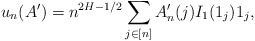
\begin{align*} u_n(A')= n^{2H-1/2} \sum_{j\in[n]} A'_n(j) I_1(1_j) 1_j,\end{align*}